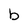
Character: b